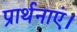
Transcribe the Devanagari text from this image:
प्रार्थनाएं।